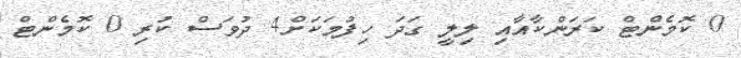
0 ކޮމެންޓް ކަރަންކާއާއި ލިލީ ގަދަ ހިފުމަކަށް4 ދުވަސް ކުރި 0 ކޮމެންޓް